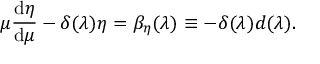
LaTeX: \mu { \frac { \mathrm { d } \eta } { \mathrm { d } \mu } } - \delta ( \lambda ) \eta = \beta _ { \eta } ( \lambda ) \equiv - \delta ( \lambda ) d ( \lambda ) .